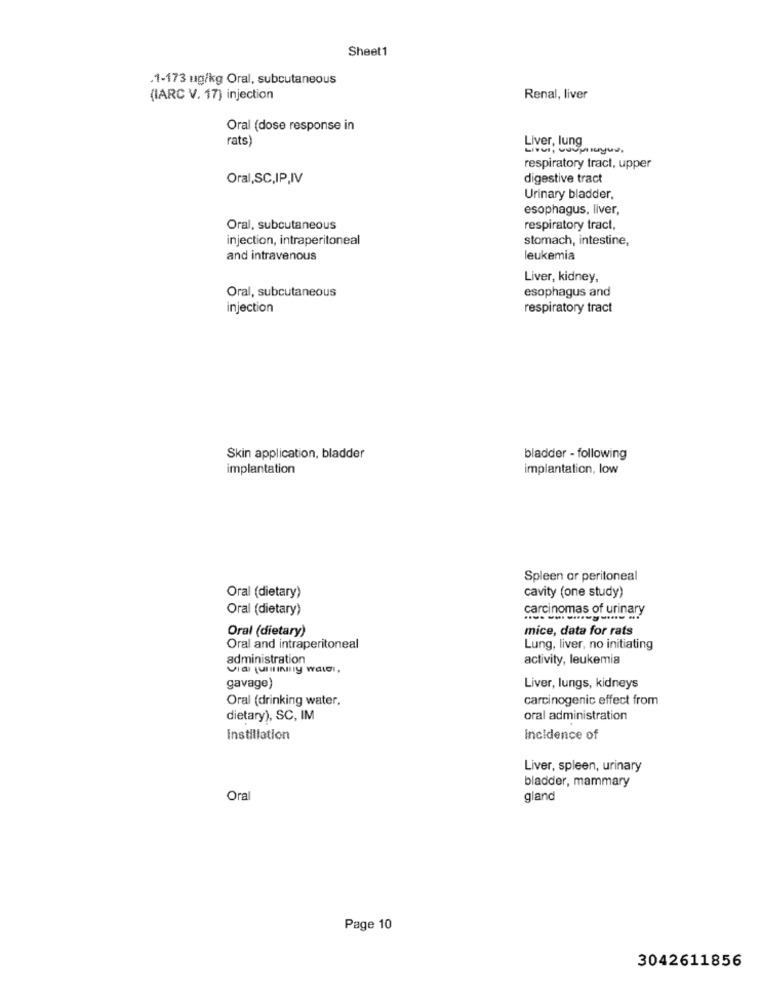
Sheet1
.1-173 ug/kg Oral, subcutaneous
(IARC V. 17) injection
Renal, liver
Oral (dose response in
rats)
Liver, lung
respiratory tract, upper
Oral,SC,IP,IV
digestive tract
Urinary bladder,
esophagus, liver,
Oral, subcutaneous
respiratory tract,
injection, intraperitoneal
stomach, intestine,
and intravenous
leukemia
Liver, kidney,
Oral, subcutaneous
esophagus and
injection
respiratory tract
Skin application, bladder
bladder - following
implantation
implantation, low
Spleen or peritoneal
Oral (dietary)
cavity (one study)
Oral (dietary)
carcin
Oral (dietary)
mice, data for rats
Oral and intraperitoneal
Lung, liver, no initiating
administration
activity, leukemia
gavage)
Liver, lungs, kidneys
Oral (drinking water,
carcinogenic effect from
dietary), SC, IM
oral administration
Instillation
Incidence of
Liver, spleen, urinary
bladder, mammary
Oral
gland
Page 10
3042611856